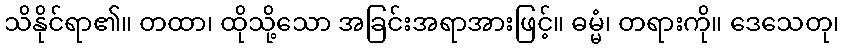
သိနိုင်ရာ၏။ တထာ၊ ထိုသို့သော အခြင်းအရာအားဖြင့်။ ဓမ္မံ၊ တရားကို။ ဒေသေတု၊